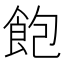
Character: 飽